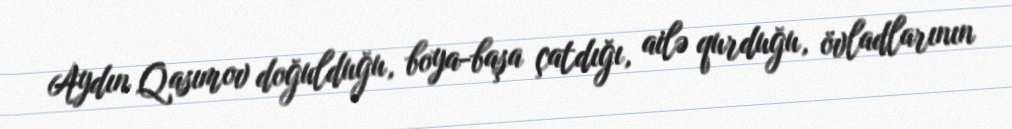
Aydın Qasımov doğulduğu, boya-başa çatdığı, ailə qurduğu, övladlarının